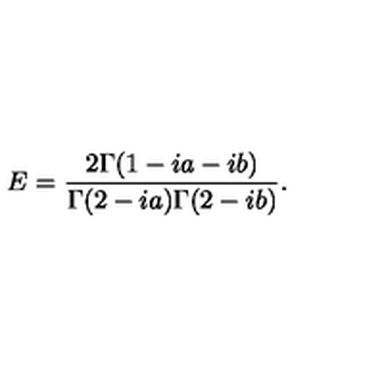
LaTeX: E = { \frac { 2 \Gamma ( 1 - i a - i b ) } { \Gamma ( 2 - i a ) \Gamma ( 2 - i b ) } } .